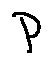
p